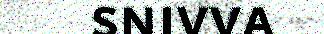
snivva